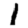
Digit: 1